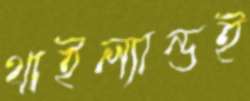
থাইল্যান্ডই